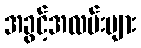
အခွင့်အလမ်းများ